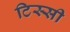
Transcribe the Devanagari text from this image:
टिस्सी